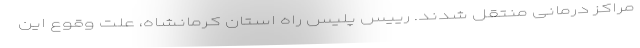
مراکز درمانی منتقل شدند. رییس پلیس راه استان کرمانشاه، علت وقوع این